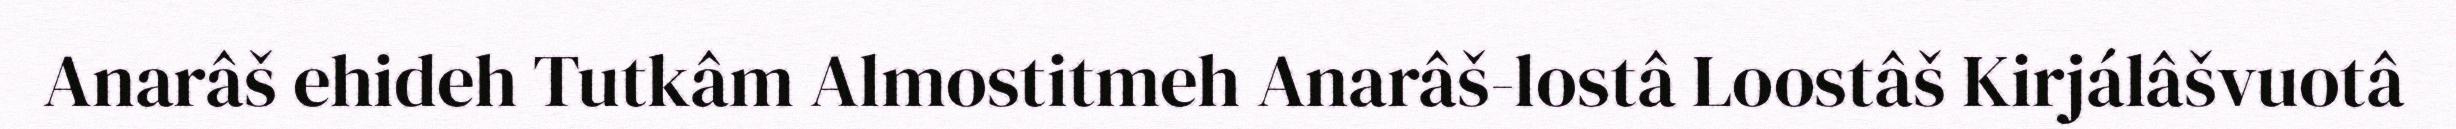
Anarâš ehideh Tutkâm Almostitmeh Anarâš-lostâ Loostâš Kirjálâšvuotâ